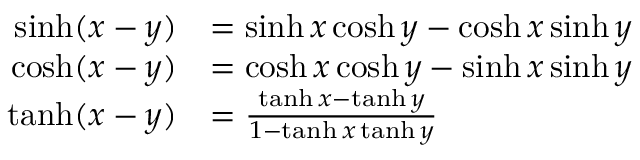
{ \begin{array} { r l } { \sinh ( x - y ) } & { = \sinh x \cosh y - \cosh x \sinh y } \\ { \cosh ( x - y ) } & { = \cosh x \cosh y - \sinh x \sinh y } \\ { \operatorname { t a n h } ( x - y ) } & { = { \frac { \operatorname { t a n h } x - \operatorname { t a n h } y } { 1 - \operatorname { t a n h } x \operatorname { t a n h } y } } } \end{array} }